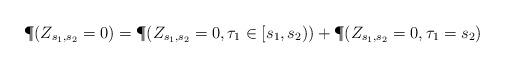
LaTeX: \begin{align*}\P(Z_{s_1,s_2}=0) = \P(Z_{s_1,s_2}=0, \tau_{1}\in[s_1,s_2))+\P(Z_{s_1,s_2}=0, \tau_{1}=s_2)\end{align*}